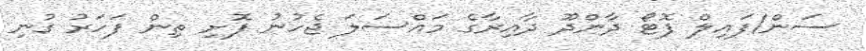
ސަން/ފައިލް ފޮޓޯ ދާންދޫ ދާއިރާގެ މައްސަލަ ޖެހުނު ފޮށި ތިން ފަހަރު ގުނި